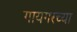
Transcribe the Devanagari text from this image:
गायगरच्या